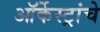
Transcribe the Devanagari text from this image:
ऑर्केस्ट्रांचे